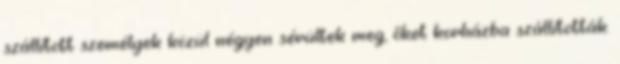
szállított személyek közül négyen sérültek meg, őket korházba szállították.